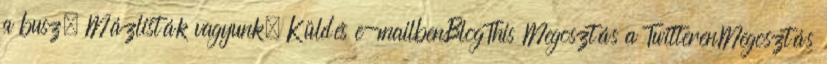
a busz. Mázlisták vagyunk. Küldés e-mailbenBlogThis Megosztás a TwitterenMegosztás